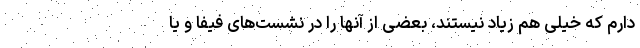
دارم که خیلی هم زیاد نیستند، بعضی از آنها را در نشست‌های فیفا و یا